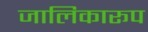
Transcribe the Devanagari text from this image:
जालिकारूप